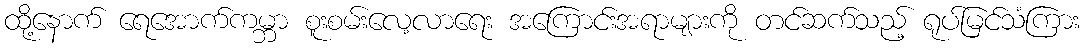
ထို့နောက် ရေအောက်ကမ္ဘာ စူးစမ်းလေ့လာရေး အကြောင်းအရာများကို တင်ဆက်သည့် ရုပ်မြင်သံကြား